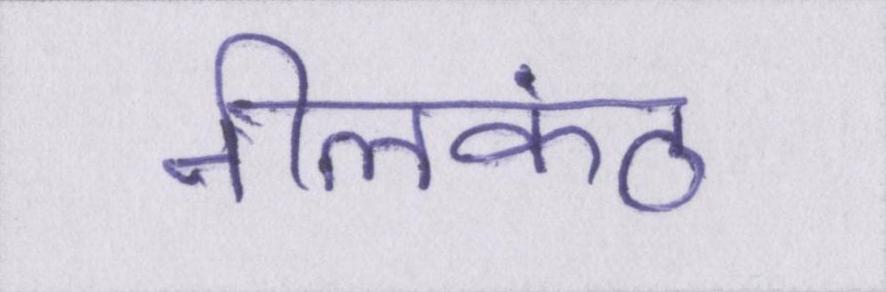
नीलकंठ